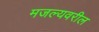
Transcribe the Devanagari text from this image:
मजल्यवरील